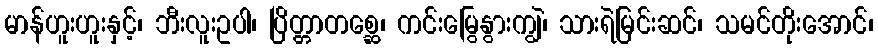
မာန်ဟူးဟူးနှင့်၊ ဘီးလူးဥပါ၊ ပြိတ္တာတစ္ဆေ၊ ကင်းမြွေနွားကျွဲ၊ သားရဲမြင်းဆင်၊ သမင်တိုးအောင်၊